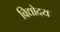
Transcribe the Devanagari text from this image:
विद्योदय